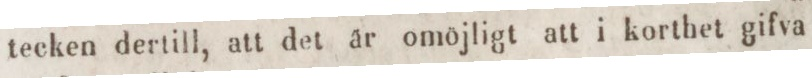
tecken dertill, att det ar omöjligt att i korthet gifva